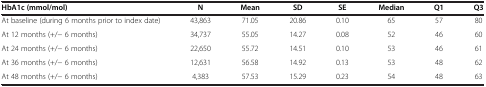
<table><thead><tr><td><b>HbA1c (mmol/mol)</b></td><td><b>N</b></td><td><b>Mean</b></td><td><b>SD</b></td><td><b>SE</b></td><td><b>Median</b></td><td><b>Q1</b></td><td><b>Q3</b></td></tr></thead><tbody><tr><td>At baseline (during 6 months prior to index date)</td><td>43,863</td><td>71.05</td><td>20.86</td><td>0.10</td><td>65</td><td>57</td><td>80</td></tr><tr><td>At 12 months (+/- 6 months)</td><td>34,737</td><td>55.05</td><td>14.27</td><td>0.08</td><td>52</td><td>46</td><td>60</td></tr><tr><td>At 24 months (+/- 6 months)</td><td>22,650</td><td>55.72</td><td>14.51</td><td>0.10</td><td>53</td><td>46</td><td>61</td></tr><tr><td>At 36 months (+/- 6 months)</td><td>12,631</td><td>56.58</td><td>14.92</td><td>0.13</td><td>53</td><td>48</td><td>62</td></tr><tr><td>At 48 months (+/- 6 months)</td><td>4,383</td><td>57.53</td><td>15.29</td><td>0.23</td><td>54</td><td>48</td><td>63</td></tr></tbody></table>